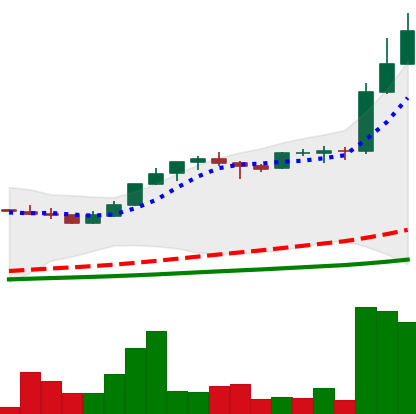
Ticker: LTC-USD
Chart end date: 2017-05-05
Forward return: 21.682%
Label: up_7plus